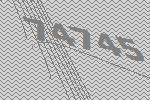
74745